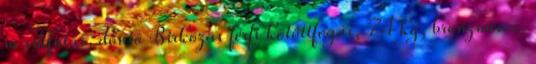
m síkfutás, döntő Birkózás férfi kötöttfogás, 74 kg, bronzmeccs,